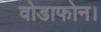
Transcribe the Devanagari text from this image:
वोडाफोन।